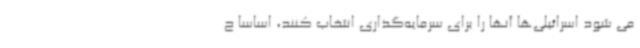
می شود اسرائیلی‌ها آنها را برای سرمایه‌گذاری انتخاب کنند، اساسا ح